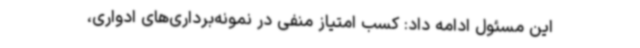
این مسئول ادامه داد: کسب امتیاز منفی در نمونه‌برداری‌های ادواری،